Report on vaccination in Madras 1922-1929 - 1922-1929
Year: 1922
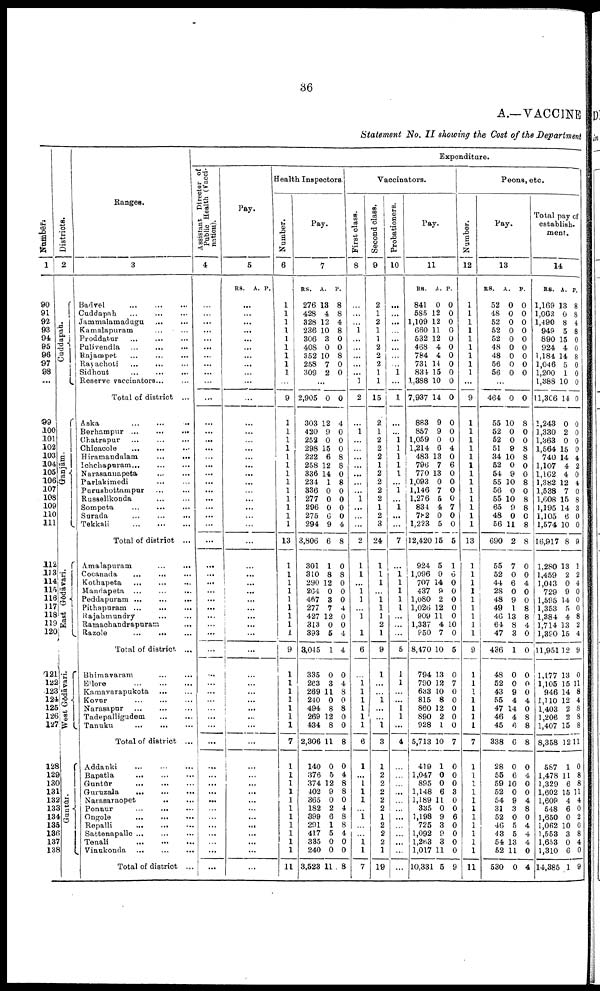
36
A.—VACCINE
Statement No. II showing the Cost of the Department
Number.
1
90
91
92
93
94
95
96
97
98
...
99
100
101
102
103
104
105
106
107
108
109
110
111
112
113
114
115
116
117
118
119
120
121
122
123
124
125
126
127
128
129
130
131
132
133
134
135
136
137
138
Districts.
2
Cuddapah.
Ganjām.
East Gōdāvari.
West Gōdāvari.
Guntūr.
Ranges.
3
Badvel
...
...
...
Cuddapah
...
...
...
Jammalamadugu
... ...
Kamalapuram ... ...
Proddatur
...
... ...
Pulivendla ...
...
...
Rajampet
...
...
...
Rayachoti
...
... ...
Sidhout
...
...
...
Reserve vaccinators...
Total of district ...
Aska
... ... ...
Berhampur
...
...
...
Chatrapur ... ... ...
Chicacole
...
...
Hiramandalam
...
...
Ichchapuram ... ... ...
Narasannapeta ... ...
Parlakimedi ... ...
Purushottampur ... ...
Russellkonda ... ...
Sompeta ... ... ...
Surada
...
...
...
Tekkali
...
...
...
Total of district ...
Amalapuram
...
...
Cocanada
...
... ...
Kothapeta ... ... ...
Mandapeta ...
...
...
Peddapuram
...
...
...
Pithapuram ...
...
...
Rajahmundry ... ... ...
Ramachandrapuram ...
Razole
...
... ...
Total of district. ...
Bhimavaram ... ...
Ellore
...
...
...
Kamavarapukota
...
...
Kovur
...
...
...
Narasapur
...
...
...
Tadepalligudem
...
...
Tanuku
...
...
...
Total of district ...
Addanki
... ... ...
Bapatla
...
...
...
Guntūr
...
...
...
Guruzala
...
...
...
Narasaraopet
...
...
Ponnur
...
...
...
Ongole
...
...
...
Repalli
...
...
...
Sattenapalle ... ... ...
Tenali
...
...
...
Vinukonda
...
...
...
Total of district ...
Expenditure.
Assistant Director of
Publics Health (Vacci
nation).
4
...
...
...
...
...
...
...
...
...
...
...
...
...
...
...
...
...
...
...
...
...
...
...
...
...
...
...
...
...
...
...
...
...
...
...
...
...
...
...
...
...
...
...
...
...
...
...
...
...
...
...
...
...
...
...
Pay.
5
RS. A. P.
...
...
...
...
...
...
...
...
...
...
...
...
...
...
...
...
...
...
...
...
...
...
...
...
...
...
...
...
...
...
...
...
...
...
...
...
...
...
...
...
...
...
...
...
...
...
...
...
...
...
...
...
...
...
...
Health Inspectors.
Number.
6
1
1
1
1
1
1
1
1
1
1
9
1
1
1
1
1
1
1
1
1
1
1
1
1
13
1
1
1
1
1
1
1
1
1
9
1
1
1
1
1
1
1
7
1
1
1
1
1
1
1
1
1
1
1
11
Pay.
7
RS.
276
428
328
236
306
408
352
258
309
A.
13
4
12
10
3
0
10
7
2
P.
8
8
4
8
0
0
8
0
0
...
2,905
303
420
252
298
222
258
336
234
336
277
296
275
294
3,806
301
310
290
264
467
277
427
313
393
3,045
335
263
269
240
494
269
434
2,306
140
376
374
402
365
182
399
291
417
335
240
3,523
0
12
9
0
15
6
12
14
1
0
0
0
6
9
6
1
8
12
0
3
7
12
0
5
1
0
3
11
0
8
12
8
11
0
5
12
9
0
2
6
1
5
0
0
11
0
4
0
0
0
8
8
0
8
0
0
0
0
4
8
0
8
0
0
0
4
0
0
4
4
0
4
8
0
8
0
0
8
0
4
8
8
0
4
8
8
4
0
0
8
Vaccinators.
First class.
8
...
...
...
1
...
...
...
...
...
1
2
...
1
...
...
...
...
...
...
...
1
...
...
...
2
1
1
...
1
1
...
1
1
6
...
1
1
1
1
1
1
6
1
...
1
1
1
...
1
...
...
1
1
7
Second class.
9
2
1
2
1
1
2
2
2
1
1
15
2
1
2
2
2
1
2
2
2
2
1
2
3
24
1
1
1
...
1
1
1
2
1
9
1
...
...
1
...
...
1
3
1
2
2
2
2
2
1
2
2
2
1
19
Probationers.
10
...
...
...
...
...
...
...
...
1
...
1
...
...
1
1
1
1
1
...
1
...
1
...
...
7
...
1
1
1
1
1
...
...
...
5
1
1
...
...
1
1
...
4
...
...
...
...
...
...
...
...
...
...
...
...
Pay.
11
RS.
841
585
1,109
660
532
468
784
731
834
1,388
7,937
883
857
1,059
1,214
483
796
770
1,093
1,146
1,276
834
782
1,223
12,420
924
1,096
707
437
1,080
1,026
909
1,337
950
8,470
794
790
633
815
860
890
928
5,713
419
1,047
895
1,148
1,189
335
1,198
725
1,092
1,263
1,017
10,331
A.
0
12
12
11
12
4
4
14
15
10
14
9
9
0
6
13
7
13
0
7
5
4
0
5
15
5
9
14
9
2
12
11
4
7
10
13
12
10
8
12
2
1
10
1
0
0
6
11
0
9
3
9
3
11
5
P.
0
0
0
0
0
0
0
0
0
0
0
0
0
0
4
0
6
0
0
0
0
7
0
0
5
1
6
0
0
0
0
0
10
0
5
0
7
0
0
0
0
0
7
0
0
0
3
0
0
6
0
0
0
0
9
Peons, etc
Number.
12
1
1
1
1
1
1
1
1
1
...
9
1
1
1
1
1
1
1
1
1
1
1
1
1
13
1
1
1
1
1
1
1
1
1
9
1
1
1
1
1
1
1
7
1
1
1
1
1
1
1
1
1
1
1
11
Pay.
13
RS.
52
48
52
52
52
48
48
56
56
A.
0
0
0
0
0
0
0
0
0
P.
0
0
0
0
0
0
0
0
0
...
464
55
52
52
51
34
52
54
55
56
55
65
48
56
690
55
52
44
28
48
49
46
64
47
436
48
52
43
55
47
46
45
338
28
55
59
52
54
31
52
46
43
54
52
530
0
10
0
0
9
10
0
9
10
0
10
9
0
11
2
7
0
6
0
9
1
13
8
3
1
0
0
9
4
14
4
6
6
0
6
10
0
9
3
0
5
5
13
11
0
0
8
0
0
8
8
0
0
8
0
8
8
0
8
8
0
0
4
0
0
8
8
4
0
0
0
0
0
4
0
8
8
8
0
4
0
0
4
8
0
4
4
4
0
4
Total pay of
establish¬
ment.
14
RS.
1,169
1,062
1,490
949
890
924
1,184
1,046
1,200
1,388
11,306
1,243
1,330
1,363
1,564
740
1,107
1,162
1,382
1,538
1,608
1,195
1,105
1,574
16,917
1,280
1,459
1,043
729
1,595
1,353
1,384
1,714
1,390
11,951
1,177
1,105
946
1,110
1,403
1,206
1,407
8,358
587
1,478
1,329
1,602
1,609
548
1,650
1,062
1,553
1,653
1,310
14,385
A.
13
0
8
5
15
4
14
5
1
10
14
0
2
0
15
14
4
4
12
7
15
14
6
10
8
13
2
0
9
14
6
4
13
15
12
13
15
14
12
2
2
15
12
1
11
6
15
4
6
0
10
3
0
6
1
P.
8
8
4
8
0
0
8
0
0
0
0
0
0
0
0
4
2
0
4
0
8
3
0
0
9
1
2
4
0
0
0
8
2
4
9
0
11 8
4
8
8
8
11
0
8
8
11
4
0
2
0
8
4
0
9